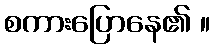
စကားပြောနေ၏ ။